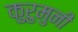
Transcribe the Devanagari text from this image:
कुरुमुनी